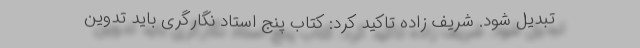
تبدیل شود. شریف زاده تاکید کرد: کتاب پنج استاد نگارگری باید تدوین